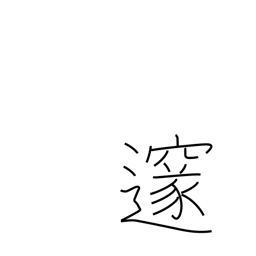
Meaning: profound